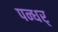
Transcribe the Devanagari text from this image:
पन्धर्